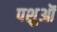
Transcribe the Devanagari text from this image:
पशुऒं